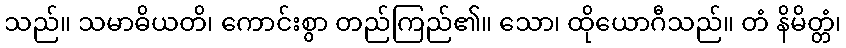
သည်။ သမာဓိယတိ၊ ကောင်းစွာ တည်ကြည်၏။ သော၊ ထိုယောဂီသည်။ တံ နိမိတ္တံ၊